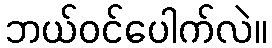
ဘယ်ဝင်ပေါက်လဲ။